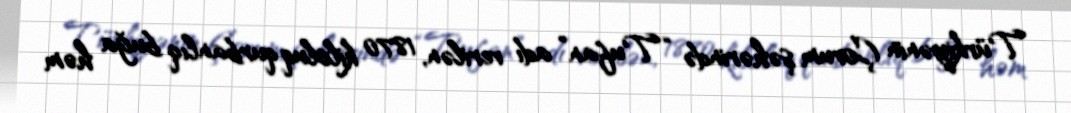
Türkiyənin Çorum şəhərində “Tufan” adı verilən, 1870 kiloluq qurbanlıq buğa həm